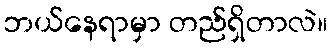
ဘယ်နေရာမှာ တည်ရှိတာလဲ။